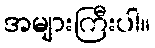
အများကြီးပါ။